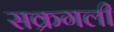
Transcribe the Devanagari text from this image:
सक्रगली